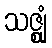
သဇ္ဈုံ